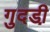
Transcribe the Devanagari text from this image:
गुदडी़